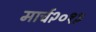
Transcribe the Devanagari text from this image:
मार्च२०१३